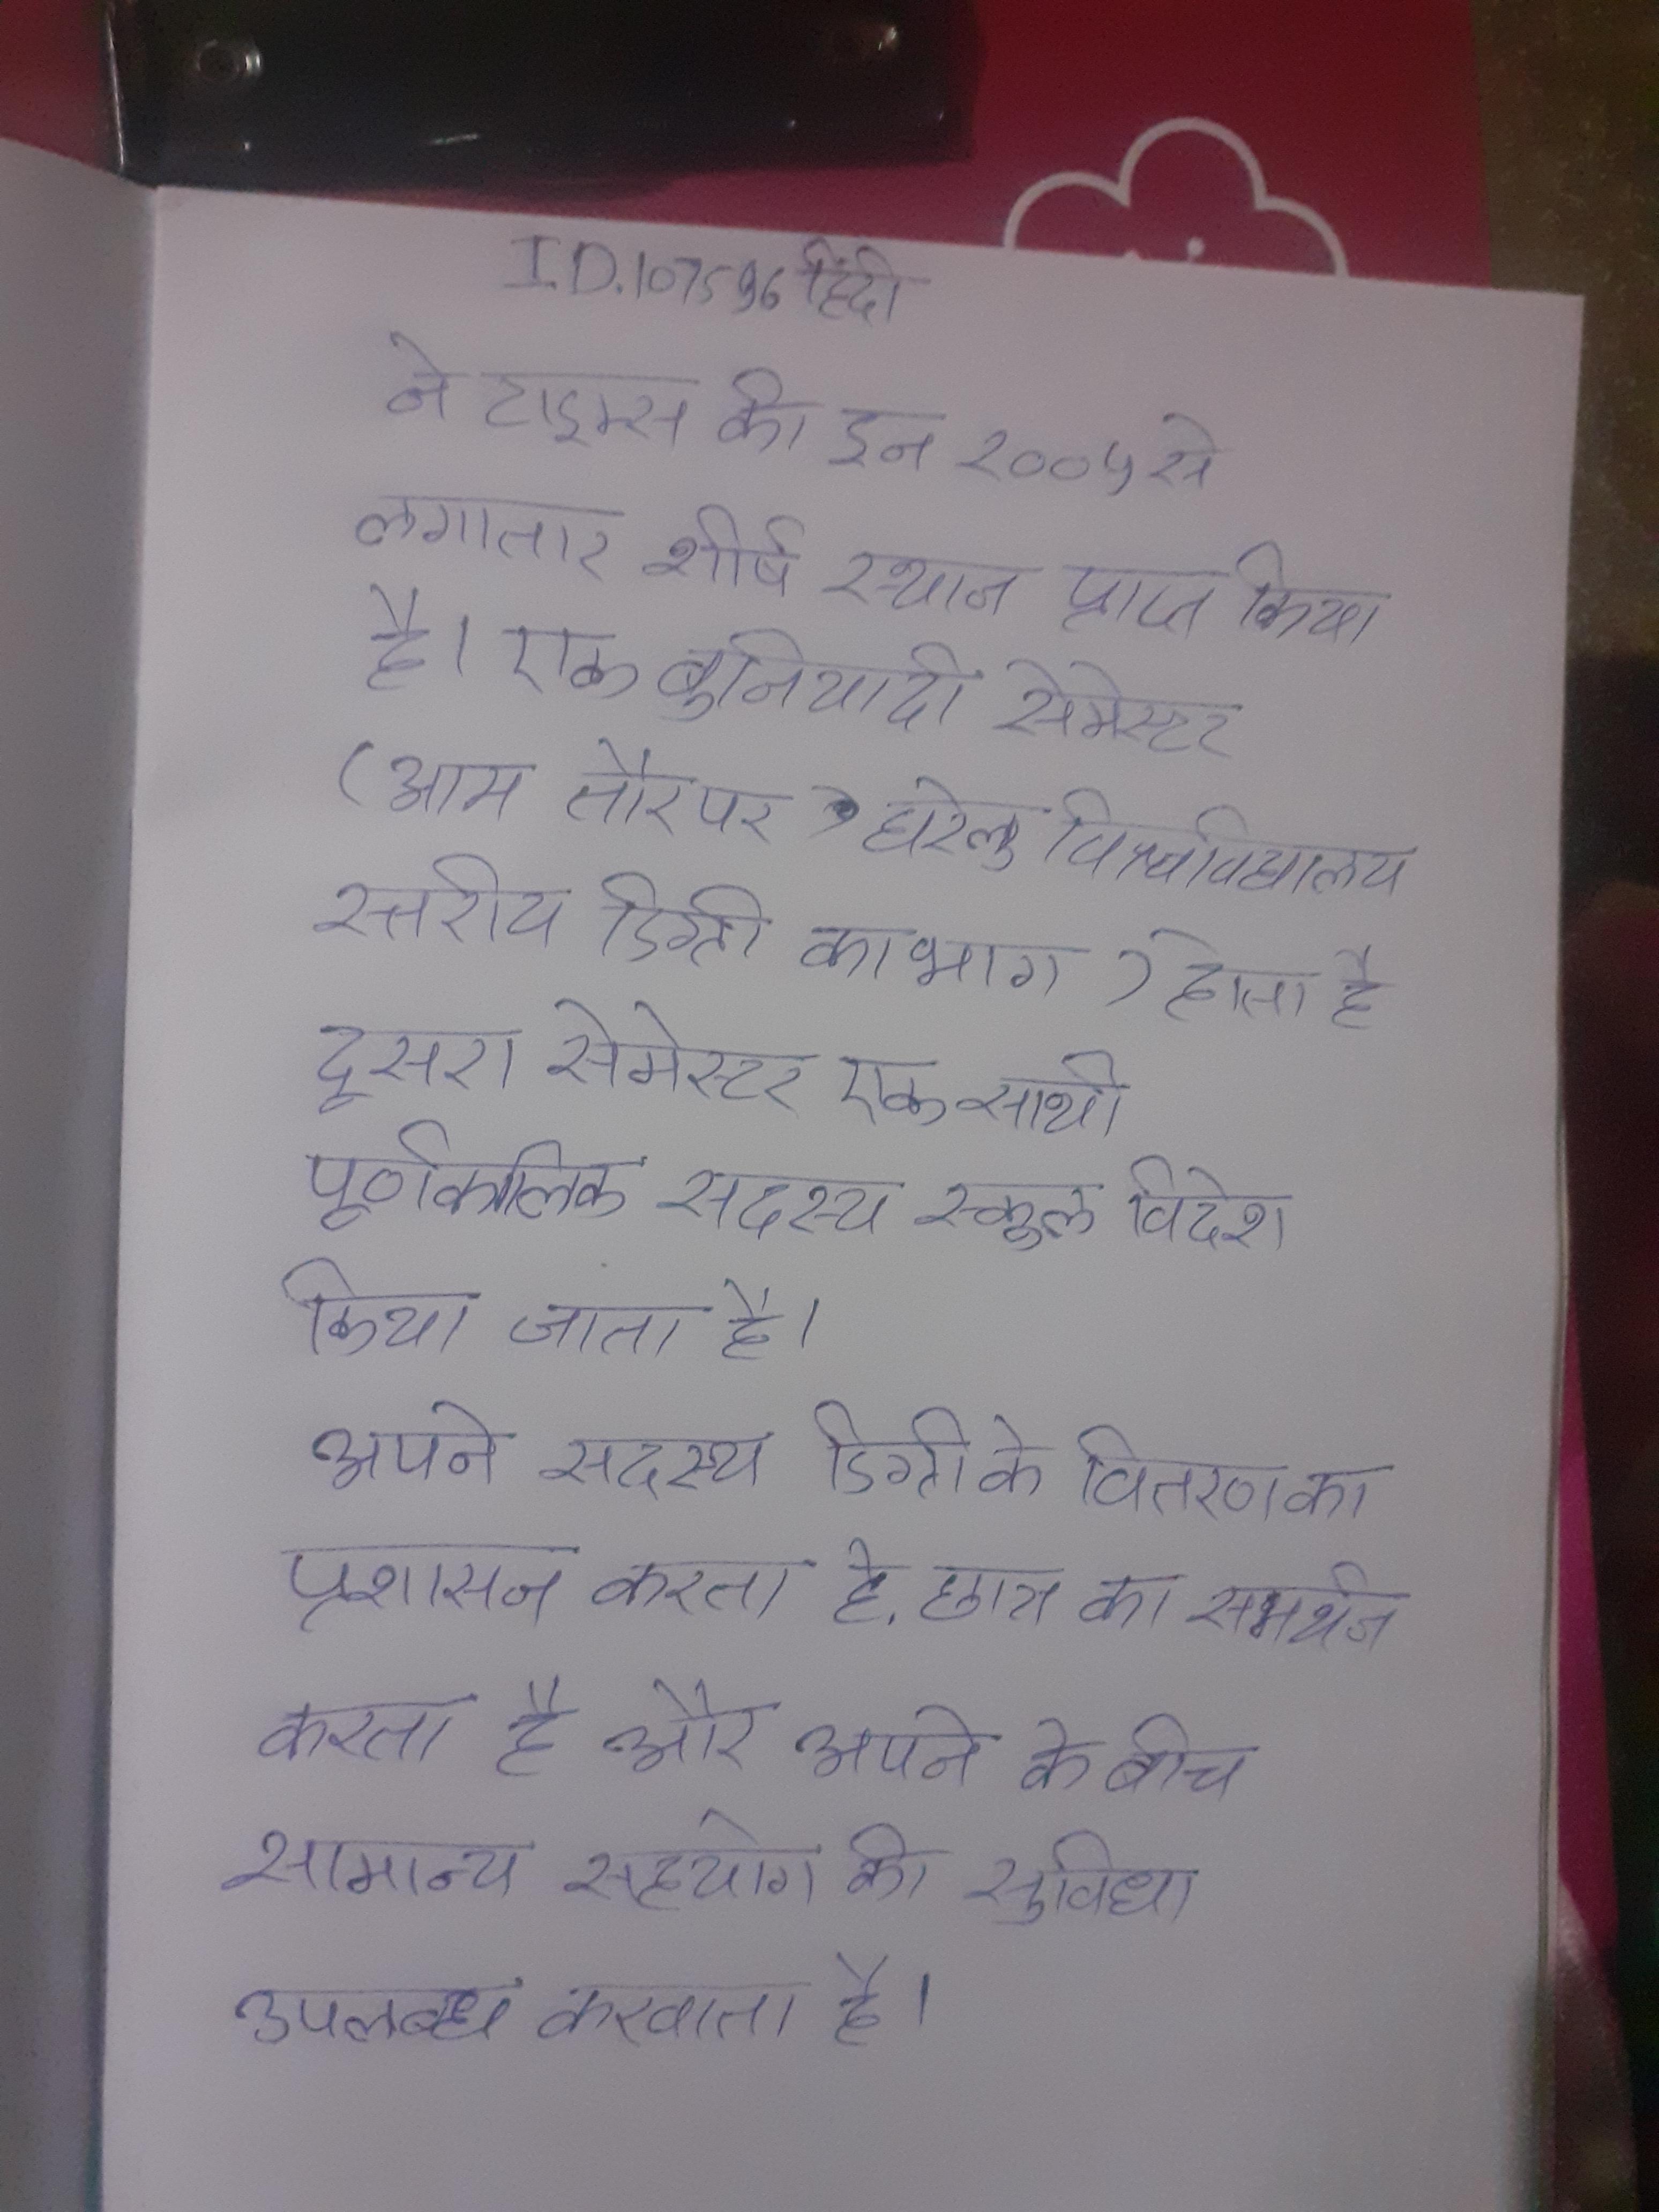
ने टाइम्स की इन २००५ से लगातार शीर्ष स्थान प्राप्त किया है । एक बुनियादी सेमेस्टर (आम तौर पर घरेलू विश्वविद्यालय स्तरीय डिग्री का भाग) होता है, दूसरा सेमेस्टर एक साथी पूर्णकालिक सदस्य स्कूल विदेश किया जाता है । अपने सदस्य डिग्री के वितरण का प्रशासन करता है, छात्र का समर्थन करता है और अपने के बीच सामान्य सहयोग की सुविधा उपलब्ध करवाता है ।